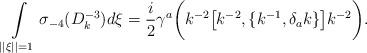
LaTeX: \begin{align*}\int \limits _{||\xi ||=1}\sigma _{-4}(D_{k}^{-3}) d\xi = \frac{i}{2}\gamma ^{a} \biggl( k^{-2} \bigl[ k^{-2} , \{k^{-1}, \delta _{a}k \}\bigr] k^{-2} \biggr).\end{align*}